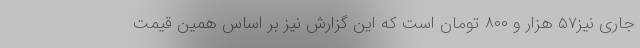
جاری نیز۵۷ هزار و ۸۰۰ تومان است که این گزارش نیز بر اساس همین قیمت